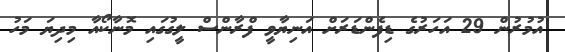
އުމުރުން 29 އަހަރުގެ ޑިފެންޑަރަށް އަނިޔާވީ ފްރާންސް ލީގުގައި މޮނާކޯއާ މިދިޔަ މަހު